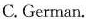
C. German.